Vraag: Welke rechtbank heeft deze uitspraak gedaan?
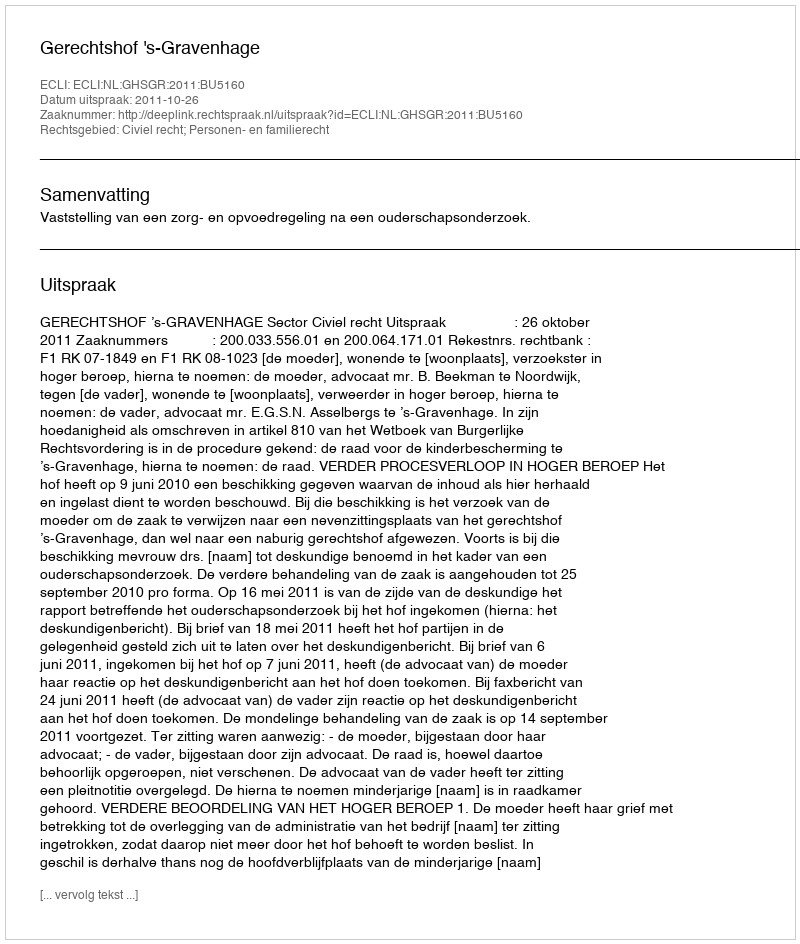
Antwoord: Gerechtshof 's-Gravenhage